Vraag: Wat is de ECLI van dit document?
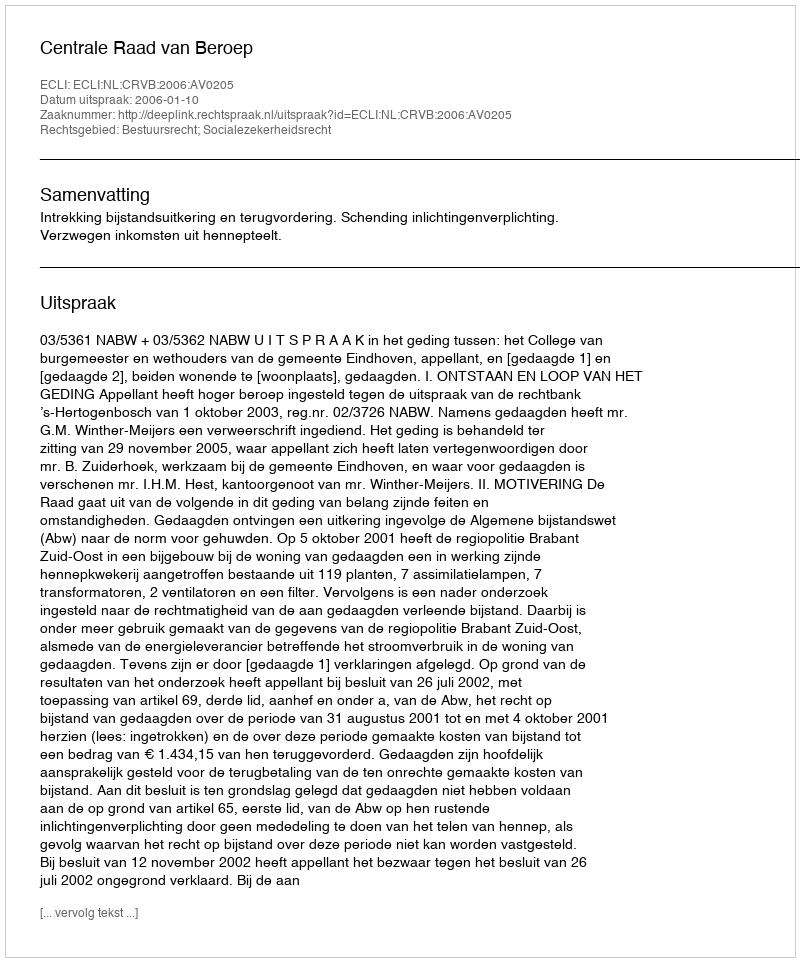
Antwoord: ECLI:NL:CRVB:2006:AV0205